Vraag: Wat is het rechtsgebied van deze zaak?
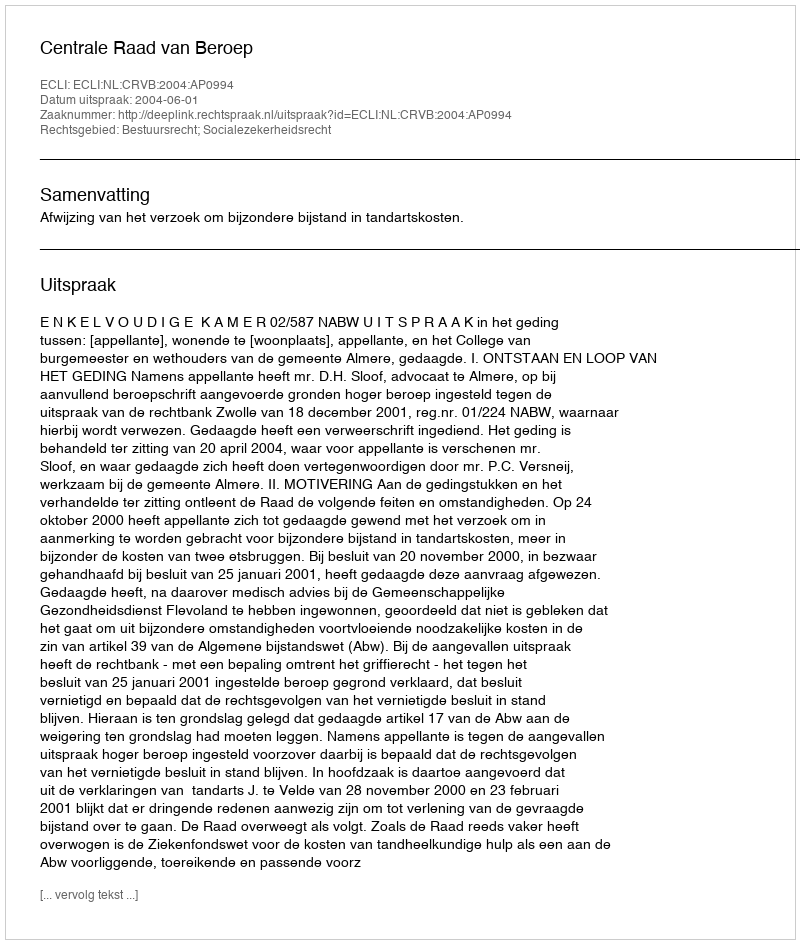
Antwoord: Bestuursrecht; Socialezekerheidsrecht